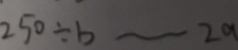
2 5 0 \div b \cdots 2 a